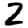
Digit: 2